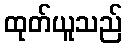
ထုတ်ယူသည်